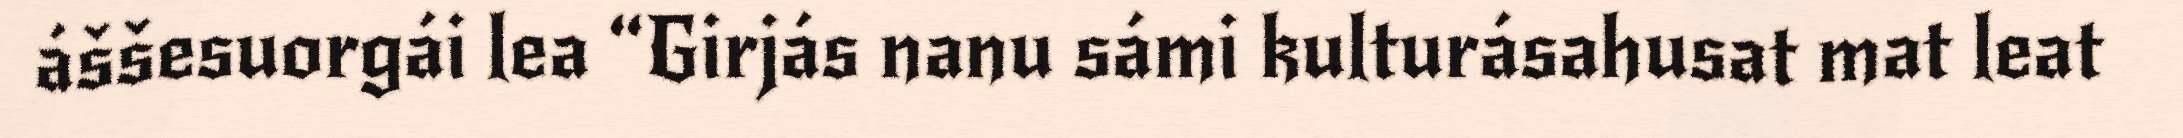
áššesuorgái lea “Girjás nanu sámi kulturásahusat mat leat